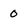
Character: 0